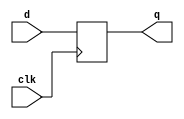
//#############################################################################
//# Function: Positive edge-triggered static D-type flop-flop                 #
//# Copyright: Lambda Project Authors. All rights Reserved.                   #
//# License:  MIT (see LICENSE file in Lambda repository)                     #
//#############################################################################

module la_dffq #(
    parameter PROP = "DEFAULT"
) (
    input      d,
    input      clk,
    output reg q
);

    always @(posedge clk) q <= d;

endmodule